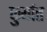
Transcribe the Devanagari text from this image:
कुर्यात